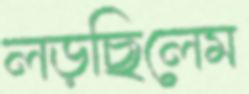
লড়ছিলেম